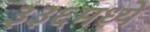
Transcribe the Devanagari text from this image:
३३६मध्ये